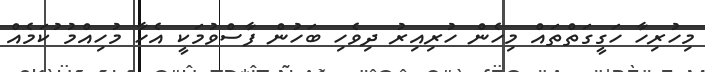
މިހުރިހާ ހަގީގަތްތައް މިހެން ހުރިއިރު ދިވެހި ބަހުން ފާސްވުމަކީ އެހާ މުހިއްމު ުކަމެއް